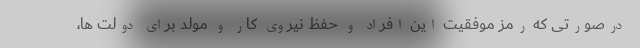
درصورتی که رمز موفقیت این افراد و حفظ نیروی کار و مولد برای دولت ها،